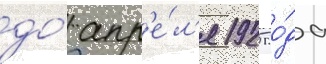
до́ апр'е́л'я 1925 го́да